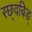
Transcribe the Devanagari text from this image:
स्छ्वबिङ्